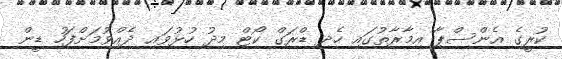
ކުރީގެ އެންސްޕާ އިމާރާތުގައި ހެދި ޑްރަގް ކޯޓް މިދު ހުޅުވައި ދެއްވުމަށްފަހު ޑީން